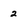
Character: 2